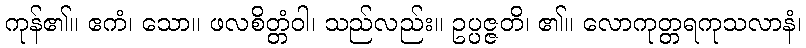
ကုန်၏။ ဧကံ၊ သော။ ဖလစိတ္တံဝါ၊ သည်လည်း။ ဥပ္ပဇ္ဇတိ၊ ၏။ လောကုတ္တရကုသလာနံ၊